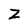
Character: Z